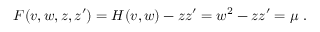
F ( v , w , z , z ^ { \prime } ) = H ( v , w ) - z z ^ { \prime } = w ^ { 2 } - z z ^ { \prime } = \mu ~ .